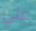
علي